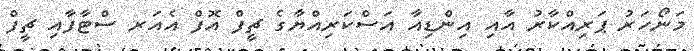
މަނޯހަރު ޕަރިއްކާރު އާއި އިންޑިއާ އަސްކަރިއްޔާގެ ޗީފް އޮފް އެއަރ ސްޓާފާއި ޗީފް